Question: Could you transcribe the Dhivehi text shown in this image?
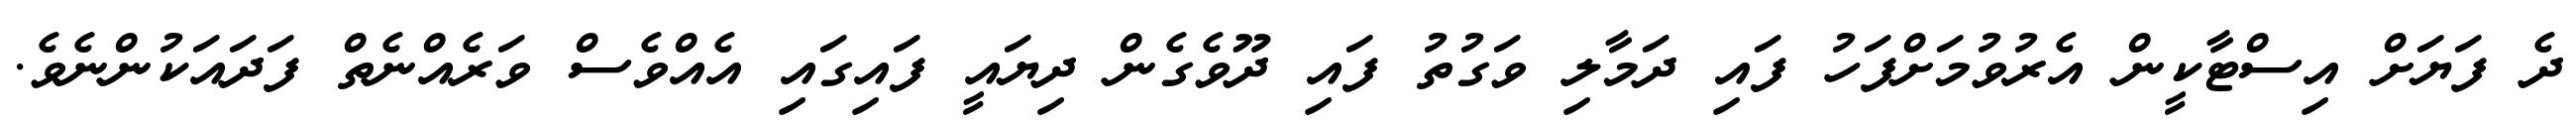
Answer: ދެ ފަޔަށް އިސްޓާކީން އެރުވުމަށްފަހު ފައި ދަމާލި ވަގުތު ފައި ދޫވެގެން ދިޔައީ ފައިގައި އެއްވެސް ވަރެއްނެތް ފަދައަކުންނެވެ.